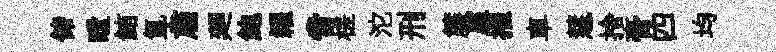
储瞠鮪氲肅廽鮑糴啻槎沱刑簾廑摧車慧捨膏四均